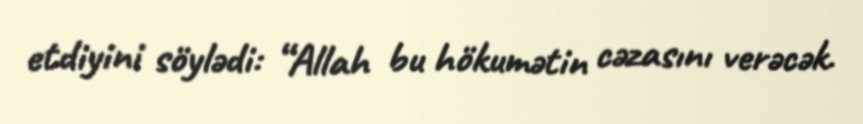
etdiyini söylədi: “Allah bu hökumətin cəzasını verəcək.